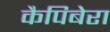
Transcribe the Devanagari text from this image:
कैपिबेरा